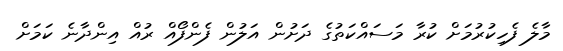
މާލެ ފެހިކުރުމަށް ކުރާ މަސައްކަތުގެ ދަށުން އަލުން ފެންފޯއް ރުއް އިންދާނެ ކަމަށް